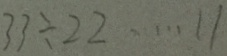
3 3 \div 2 2 \cdots 1 1